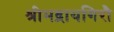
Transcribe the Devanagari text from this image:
श्रीमद्रायगिरौ